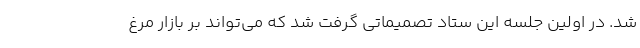
شد. در اولین جلسه این ستاد تصمیماتی گرفت شد که می‌تواند بر بازار مرغ